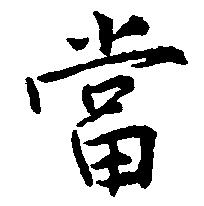
当